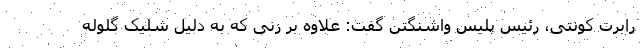
رابرت کونتی، رئیس پلیس واشنگتن گفت: علاوه بر زنی که به دلیل شلیک گلوله